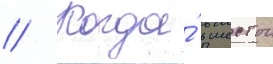
// Когда́ в шестои